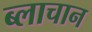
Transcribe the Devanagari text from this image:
ब्लाचान